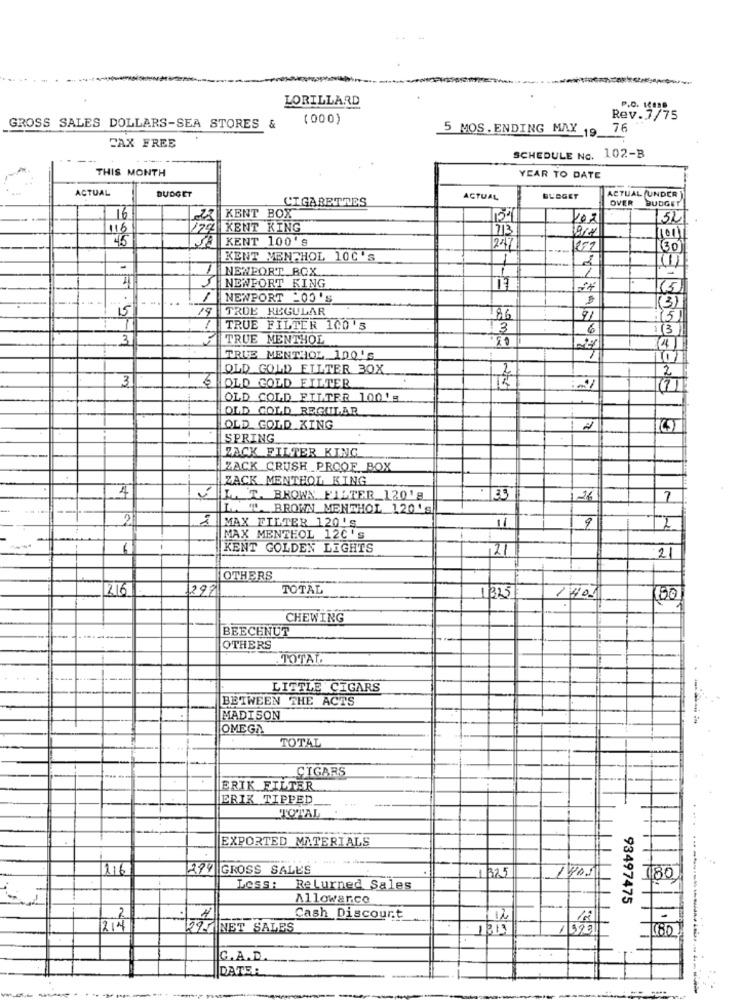
LORILLARD
P.O. KDe
(000)
Rev. 7/75
GROSS SALES DOLLARS-SEA STORES &
5 MOS. ENDING MAY 19 76
-
FAX FREE
SCHEDULE No. 102-B
THIS MONTH
YEAR TO DATE
ACTUAL
BUDGET
CIGARETTES
ACTUAL
BLOGET
OVER BUDGET
ACTUAL (UNDER
16
KENT BOX
52
118
222 KENT KING
713
45
JA KENT 100'S
247
KENT MENTHOL 10C'S
1
NEWPORT_BOX
1
NEWFORT KING
(5)
..
/ NEWPORT 200 'S
(3)
15
19
TRUE REGULAR
86
91
5.
TRUE FILTER 100'3
3
TRUE MENTHOL
TRUE MENTHOL 100'S
OLD GOLD FILTER 30X
3
6
2
OLD GOLD FILTER
OLD COLD FILTER 1001g
OLD GOLD REGULAR
OLD GOLD KING
12
SPRING
ZACK FILTER KING
ZACK CRUSH PROOF BOX
ZACK MENTHOL KING
4
I. T. BROWA FILTER_120' 8
26
7
L. " BROWN MENTHOL 120's
2
2
MAX FILTER 120'S
11
9
MAX MENTHOL 12C's
6
KENT GOLDEN LIGHTS
121
21
OTHERS
216
297
TOTAL
1825
140!
180
CHEWING
BEECHNUT
OTHERS
TOTAL.
LITTLE CIGARS
BETWEEN THE ACTS
MADISON
OMEGA
TOTAL
CIGARS
ERIK FILTER
ERIK TIPPED
TOTAL
EXPORTED MATERIALS
......
116
294 GROSS SALES
1325
180
Less: Returned Sales
Allowar.co
93497475
2
Cash Discount
12
18
-
214
PLANET SALES
10
G.A.D.
DATE: